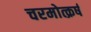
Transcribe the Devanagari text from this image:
चरमोत्क्रर्ष